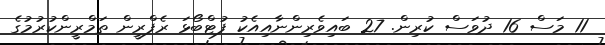
11 މަސް 16 ދުވަސް ކުރިން. 27 ބައިވެރިންނާއިއެކު ފުޓްބޯޅަ ރެފްރީން ތަމްރީންކުރުމުގެ